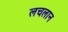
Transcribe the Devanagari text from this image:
लचलान